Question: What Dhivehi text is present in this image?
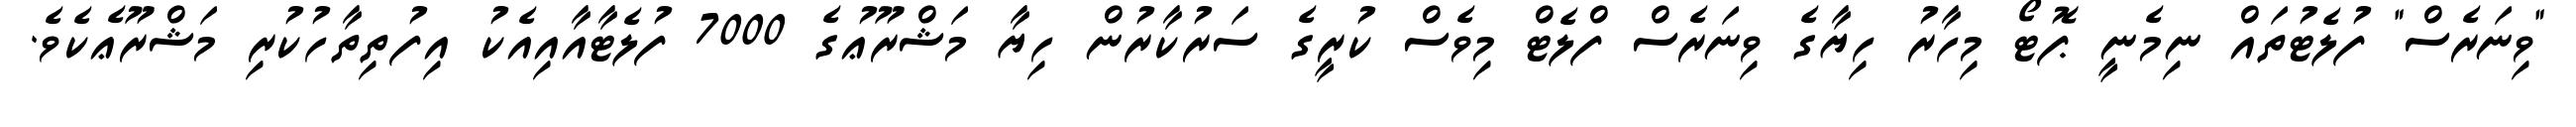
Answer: "ވިނަރެސް" ފުލެޓުތައް ނިމެނީ ޕޮޓޯ މިހާރު ހިޔާގެ ވިނަރެސް ފްލެޓް މިވެސް ކުރީގެ ސަރުކާރުން ހިޔާ މަޝްރޫޢުގެ 7000 ފުލެޓާއާއިއެކު އިފުތިތާހުކުރި މަޝްރޫޢެކެވެ.